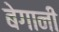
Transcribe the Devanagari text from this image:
बेगानी